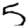
Digit: 5